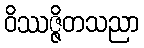
ဝိဿဇ္ဇိတသညာ